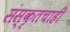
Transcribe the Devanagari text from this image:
संस्कृतचाही